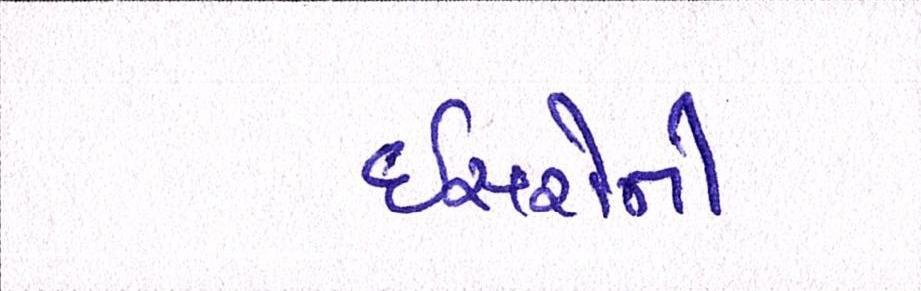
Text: ઇસરોની